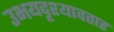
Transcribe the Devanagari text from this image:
उभयदृश्यावतार